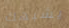
يشبهك